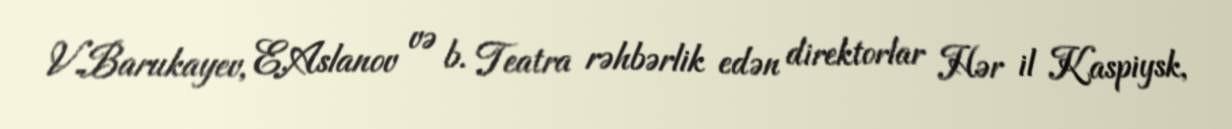
V.Barukayev, E.Aslanov və b. Teatra rəhbərlik edən direktorlar Hər il Kaspiysk,